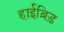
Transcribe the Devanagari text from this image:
हाईब्रिड़